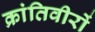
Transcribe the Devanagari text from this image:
क्रांतिवीरों